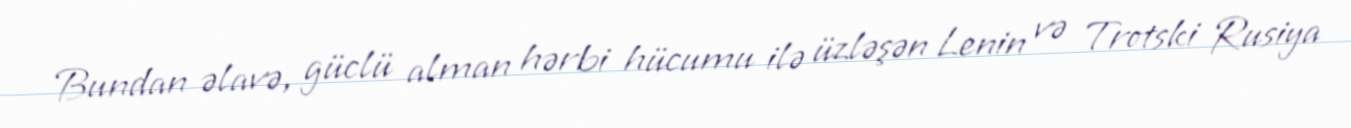
Bundan əlavə, güclü alman hərbi hücumu ilə üzləşən Lenin və Trotski Rusiya